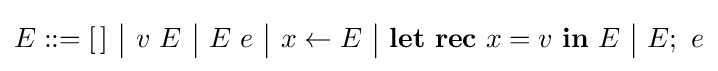
E::=[\,]\ {\big |}\ v\ E\ {\big |}\ E\ e\ {\big |}\ x\leftarrow E\ {\big |}\ \mathbf {let\ rec} \ x=v\ \mathbf {in} \ E\ {\big |}\ E;\ e